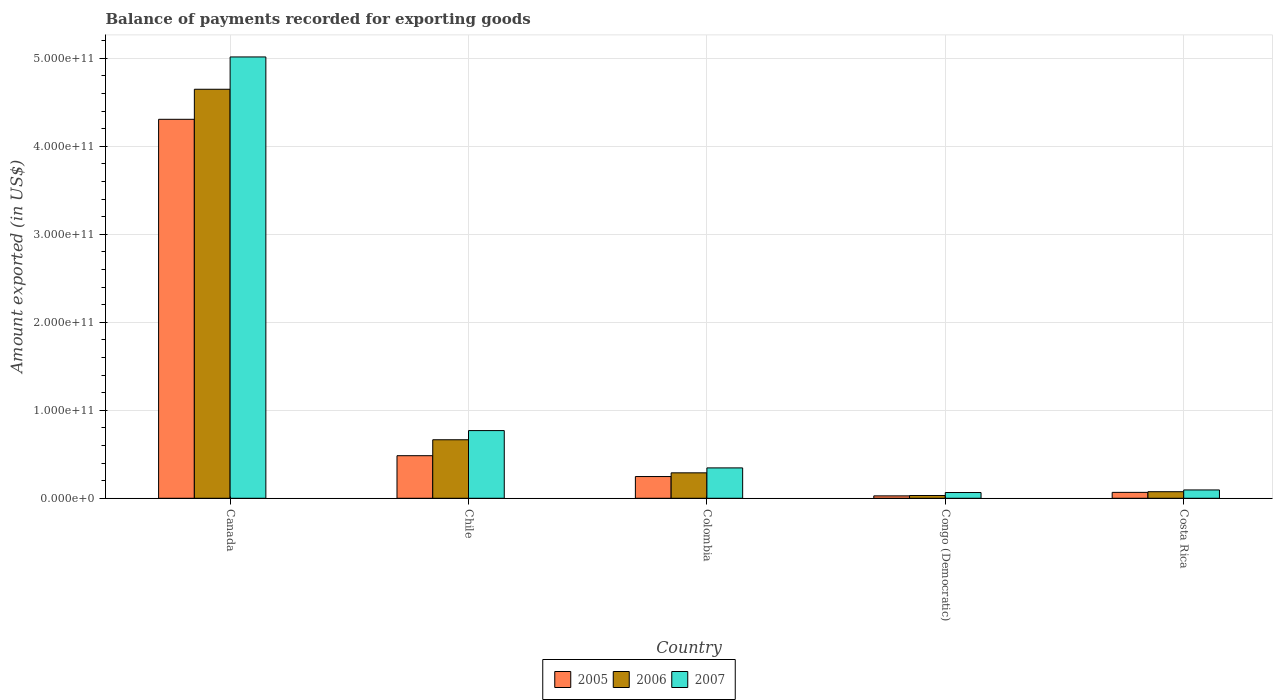
| Country | 2005 | 2006 | 2007 |
 | --- | --- | --- | --- |
 | Canada | 4.31e+11 | 4.65e+11 | 5.02e+11 |
 | Chile | 4.84e+10 | 6.65e+10 | 7.69e+10 |
 | Colombia | 2.47e+10 | 2.89e+10 | 3.45e+10 |
 | Congo (Democratic) | 2.75e+09 | 3.14e+09 | 6.54e+09 |
 | Costa Rica | 6.73e+09 | 7.47e+09 | 9.48e+09 |